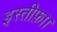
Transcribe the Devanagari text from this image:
इस्तीफ़ा।